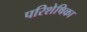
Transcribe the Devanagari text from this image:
परिशेषिका